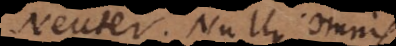
Neuter. Nullus. Omnis.